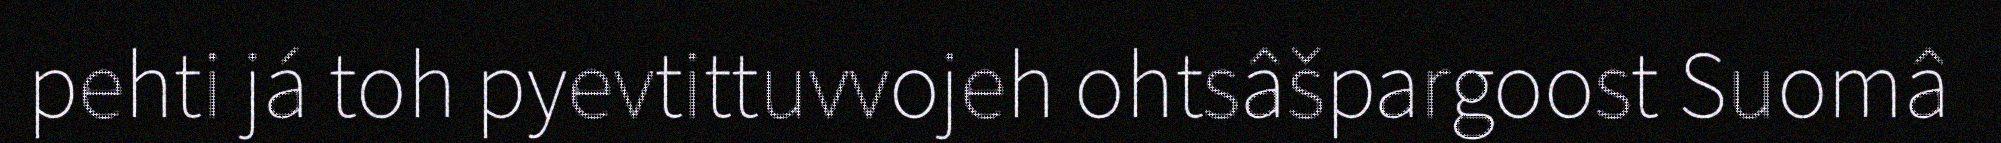
pehti já toh pyevtittuvvojeh ohtsâšpargoost Suomâ